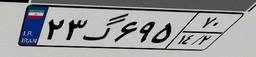
۲۳گ۶۹۵۷۰